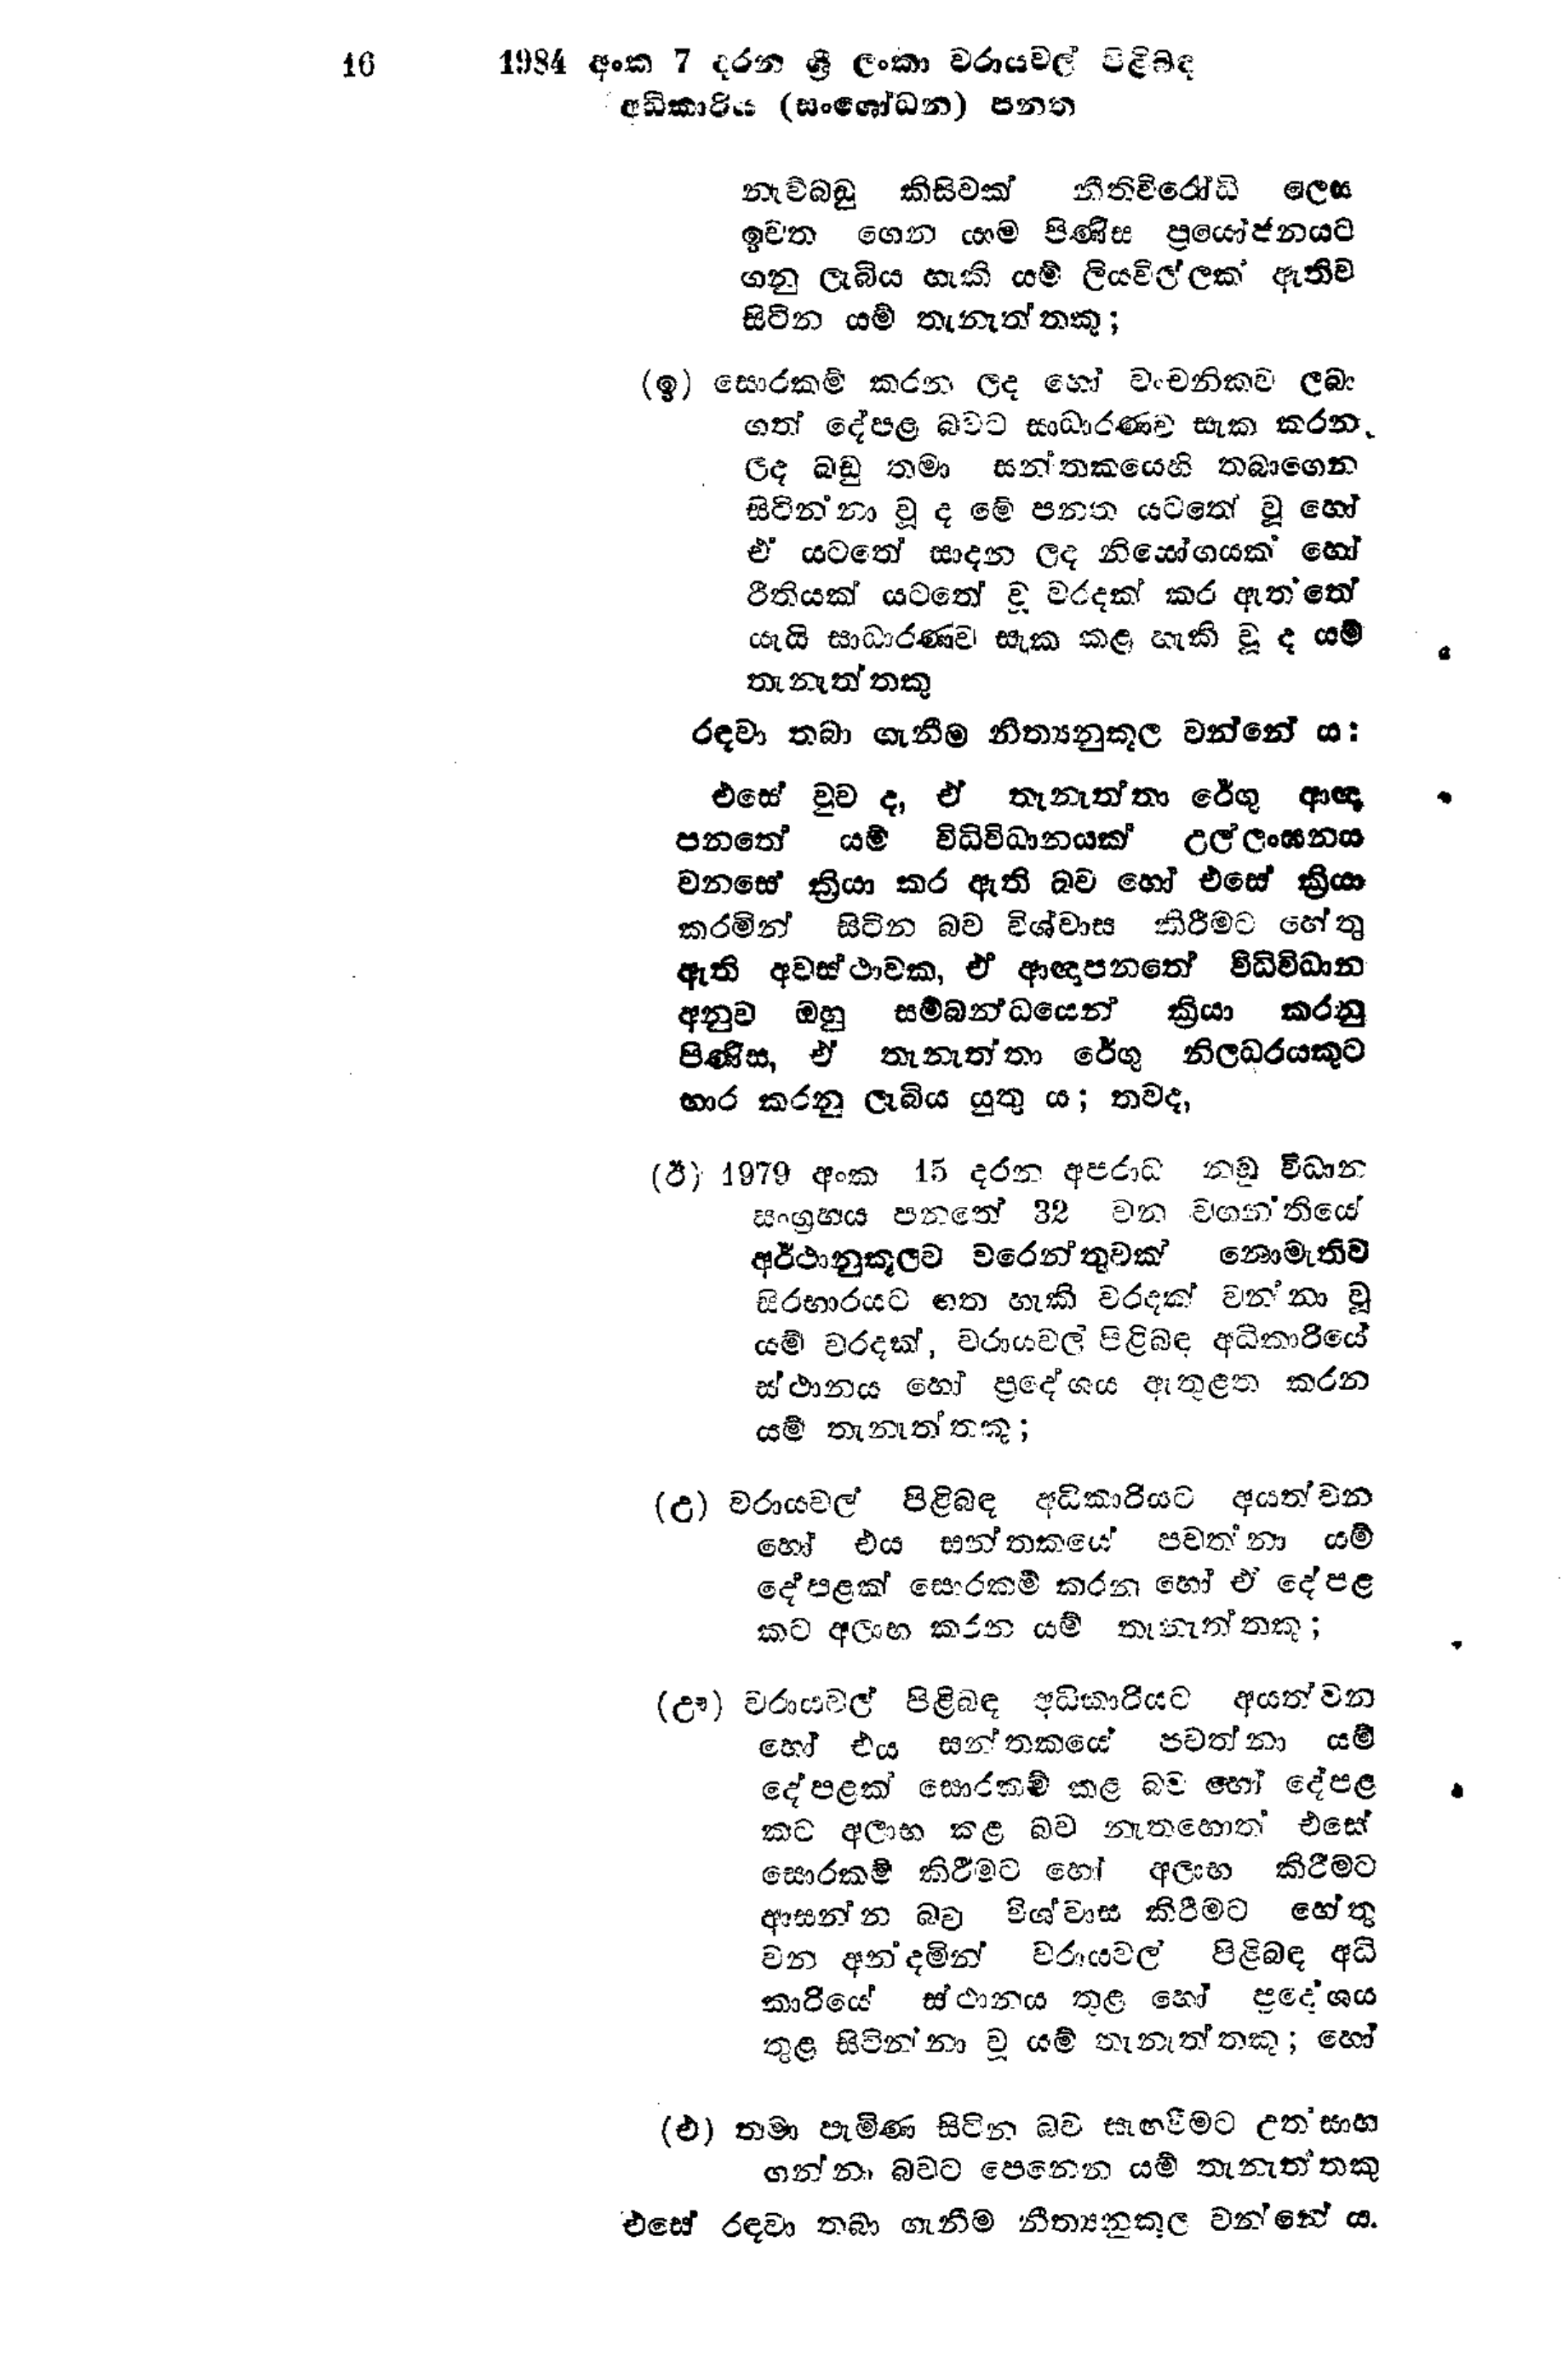
16 1984 අංක 7 දරන ශ්‍රී ලංකා වරායවල් පිළිබඳ
අධිකාරිය (සංශෝධන) පනත

නැව්බඩු කිසිවක් නීතිවිරෝධි ලෙස
ඉවත ගෙන යාම පිණිස ප්‍රයෝජනයට
ගනු ලැබිය හැකි යම් ලියවිල්ලක් ඇතිව
සිටින යම් තැනැත්තකු;

(ඉ) සොරකම් කරන ලද හෝ වංචනිකව ලබා
ගත් දේපළ බවට සාධාරණව සැක කරන
ලද බඩු තමා සන්තකයෙහි තබාගෙන
සිටින්නා වූ ද මේ පනත යටතේ වූ හෝ
ඒ යටතේ සාදන ලද නියෝගයක් හෝ
රීතියක් යටතේ වූ වරදක් කර ඇත්තේ
යැයි සාධාරණව සැක කළ හැකි වූ ද යම්
තැනැත්තකු

රඳවා තබා ගැනීම නීත්‍යනුකූල වන්නේ ය:

එසේ වුව ද, ඒ තැනැත්තා රේගු ආඥ
පනතේ යම් විධිවිධානයක් උල්ලංඝනය
වනසේ ක්‍රියා කර ඇති බව හෝ එසේ ක්‍රියා
කරමින් සිටින බව විශ්වාස කිරීමට හේතු
ඇති අවස්ථාවක, ඒ ආඥාපනතේ විධිවිධාන
අනුව ඔහු සම්බන්ධයෙන් ක්‍රියා කරනු
පිණිස, ඒ තැනැත්තා රේගු නිලධරයකුට
භාර කරනු ලැබිය යුතු ය; තවද,

(ඊ) 1979 අංක 15 දරන අපරාධ නඩු විධාන
සංග්‍රහය පනතේ 32 වන වගන්තියේ
අර්ථානුකූලව වරෙන්තුවක් නොමැතිව
සිරභාරයට ගත හැකි වරදක් වන්නා වූ
යම් වරදක්, වරායවල් පිළිබඳ අධිකාරියේ
ස්ථානය හෝ ප්‍රදේශය ඇතුළත කරන
යම් තැනැත්තකු ;

(උ) වරායවල් පිළිබඳ අධිකාරියට අයත් වන
හෝ එය සන්තකයේ පවත්නා යම්
දේපළක් සොරකම් කරන හෝ ඒ දේපළ
කට අලාභ කරන යම් තැනැත්තකු;

(ඌ) වරායවල් පිළිබඳ අධිකාරියට අයත් වන
හෝ එය සන්තකයේ පවත්නා යම්
දේපළක් සොරකම් කළ බව හෝ දේපළ
කට අලාභ කළ බව නැතහොත් එසේ
සොරකම් කිරීමට හෝ අලාභ කිරීමට
ආසන්න බව විශ්වාස කිරීමට හේතු
වන අන්දමින් වරායවල් පිළිබඳ අධි
කාරියේ ස්ථානය තුළ හෝ ප්‍රදේශය
තුළ සිටින්නා වූ යම් තැනැත්තකු; හෝ

(එ) තමා පැමිණ සිටින බව සැඟවීමට උත්සාහ
ගන්නා බවට පෙනෙන යම් තැනැත්තකු

එසේ රඳවා තබා ගැනීම නීත්‍යනුකූල වන්නේ ය.